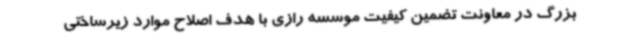
بزرگ در معاونت تضمین کیفیت موسسه رازی با هدف اصلاح موارد زیرساختی